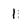
Character: 1